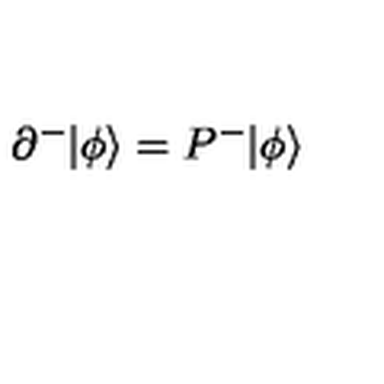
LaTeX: \partial ^ { - } | \phi \rangle = P ^ { - } | \phi \rangle